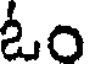
ఓం